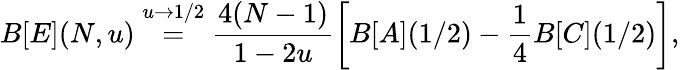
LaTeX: B[E](N,u)\stackrel{u\rightarrow 1/2}{=}\frac{4(N-1)}{1-2u}\left[B[A](1/2)-\frac{1}{4}B[C](1/2)\right],